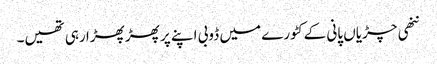
ننھی چڑیاں پانی کے کٹورے میں ڈوبی اپنے پر پھڑ پھڑا رہی تھیں۔